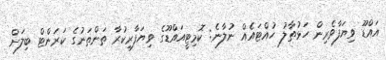
އައްޑޫ ވިޔަފާވެރިން ހަޅުތާލު ހުއްޓައެއް ނުލާނެ: ކޮމިޓީއައްޑޫގެ ވިޔަފާރިކުރާ ތަންތަނުގެ ކަރަންޓް ބިލަށް